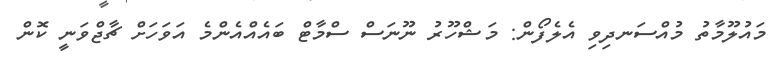
މައުލޫމާތު މުއްސަނދިވި އެލެފޯން: މަޝްހޫރު ނޫނަސް ސްމާޓް ބައެއްއެންމެ އަވަހަށް ޗާޖްވަނީ ކޮން